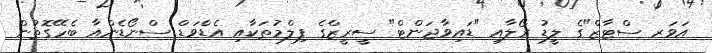
އަވަރ ސްޓާޒް"ގެ ލީޑު ރޯލާއި "ޑައިވާޖަންޓް" ސީރީޒްގެ ފިލްމުތަކާއި އެޑްވަޑް ސްނޯޑެންއާ ބެހޭގޮތުން